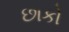
છાકો